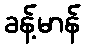
ခန့်မာန်